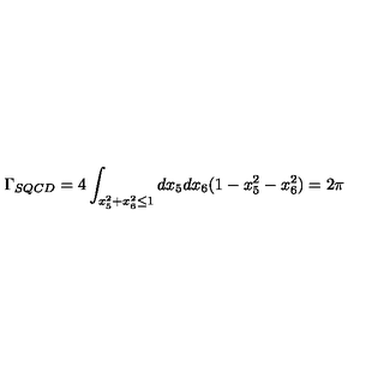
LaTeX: \Gamma _ { S Q C D } = 4 \int _ { x _ { 5 } ^ { 2 } + x _ { 6 } ^ { 2 } \le 1 } d x _ { 5 } d x _ { 6 } ( 1 - x _ { 5 } ^ { 2 } - x _ { 6 } ^ { 2 } ) = 2 \pi